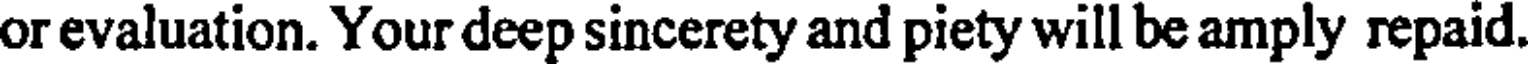
or evaluation. Your deep sincerety and piety will be amply repaid.